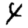
Digit: 4